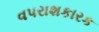
વપરાશકારક